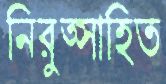
নিরুত্সাহিত